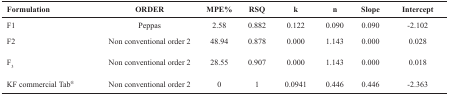
| Formulation | ORDER | MPE% | RSQ | k | n | Slope | Intercept |
 | --- | --- | --- | --- | --- | --- | --- | --- |
 | F1 | Peppas | 2.58 | 0.882 | 0.122 | 0.090 | 0.090 | -2.102 |
 | F2 | Non conventional order 2 | 48.94 | 0.878 | 0.000 | 1.143 | 0.000 | 0.028 |
 | F3 | Non conventional order 2 | 28.55 | 0.907 | 0.000 | 1.143 | 0.000 | 0.018 |
 | KF commercial Tab® | Non conventional order 2 | 0 | 1 | 0.0941 | 0.446 | 0.446 | -2.363 |